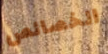
الخصائص